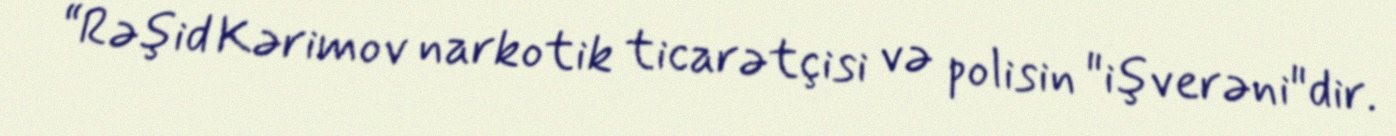
“Rəşid Kərimov narkotik ticarətçisi və polisin "işverəni"dir.